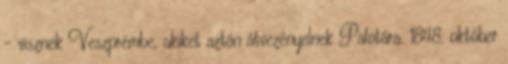
- visznek Veszprémbe, akiket aztán átvezényelnek Palotára. 1848. október